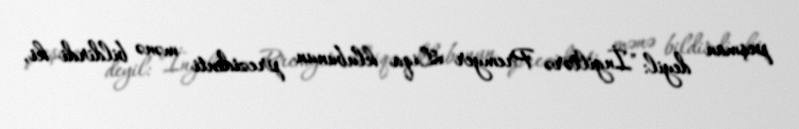
peşman deyil: "İngiltərə Premyer Liqa klubunun prezidenti mənə bildirdi ki,